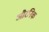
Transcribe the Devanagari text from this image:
औरनिक